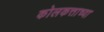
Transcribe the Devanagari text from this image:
कोलकत्ताच्या